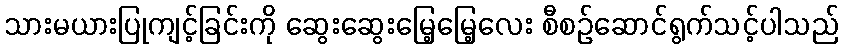
သားမယားပြုကျင့်ခြင်းကို ဆွေးဆွေးမြေ့မြေ့လေး စီစဉ်ဆောင်ရွက်သင့်ပါသည်